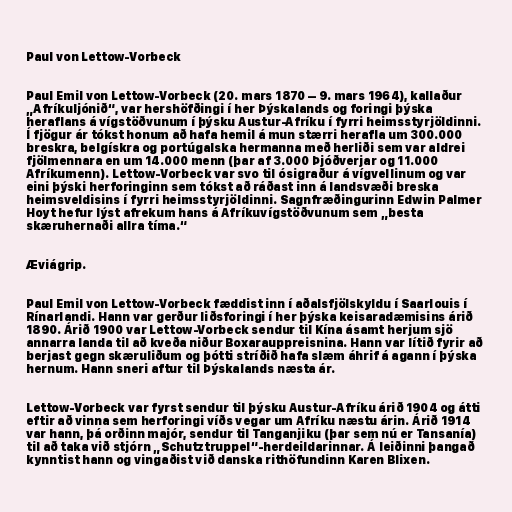
Paul von Lettow-Vorbeck

Paul Emil von Lettow-Vorbeck (20. mars 1870 – 9. mars 1964), kallaður
„Afríkuljónið“, var hershöfðingi í her Þýskalands og foringi þýska
heraflans á vígstöðvunum í þýsku Austur-Afríku í fyrri heimsstyrjöldinni.
Í fjögur ár tókst honum að hafa hemil á mun stærri herafla um 300.000
breskra, belgískra og portúgalska hermanna með herliði sem var aldrei
fjölmennara en um 14.000 menn (þar af 3.000 Þjóðverjar og 11.000
Afríkumenn). Lettow-Vorbeck var svo til ósigraður á vígvellinum og var
eini þýski herforinginn sem tókst að ráðast inn á landsvæði breska
heimsveldisins í fyrri heimsstyrjöldinni. Sagnfræðingurinn Edwin Palmer
Hoyt hefur lýst afrekum hans á Afríkuvígstöðvunum sem „besta
skæruhernaði allra tíma.“

Æviágrip.

Paul Emil von Lettow-Vorbeck fæddist inn í aðalsfjölskyldu í Saarlouis í
Rínarlandi. Hann var gerður liðsforingi í her þýska keisaradæmisins árið
1890. Árið 1900 var Lettow-Vorbeck sendur til Kína ásamt herjum sjö
annarra landa til að kveða niður Boxarauppreisnina. Hann var lítið fyrir að
berjast gegn skæruliðum og þótti stríðið hafa slæm áhrif á agann í þýska
hernum. Hann sneri aftur til Þýskalands næsta ár.

Lettow-Vorbeck var fyrst sendur til þýsku Austur-Afríku árið 1904 og átti
eftir að vinna sem herforingi víðs vegar um Afríku næstu árin. Árið 1914
var hann, þá orðinn majór, sendur til Tanganjiku (þar sem nú er Tansanía)
til að taka við stjórn „Schutztruppel“-herdeildarinnar. Á leiðinni þangað
kynntist hann og vingaðist við danska rithöfundinn Karen Blixen.